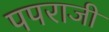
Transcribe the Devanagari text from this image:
पपराजी